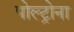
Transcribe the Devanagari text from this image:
पोल्ट्रोना